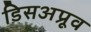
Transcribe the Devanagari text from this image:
डिसअप्रूव